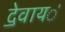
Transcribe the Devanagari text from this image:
दे॒वाय॑